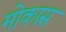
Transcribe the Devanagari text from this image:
मोकास